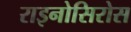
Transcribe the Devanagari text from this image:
राइनोसिरोस